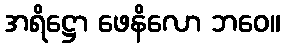
အရိဋ္ဌော ဖေနိလော ဘဝေ။